Vaccination United Provinces of Agra and Oudh 1914-1922 - 1914-1922
Year: 1914
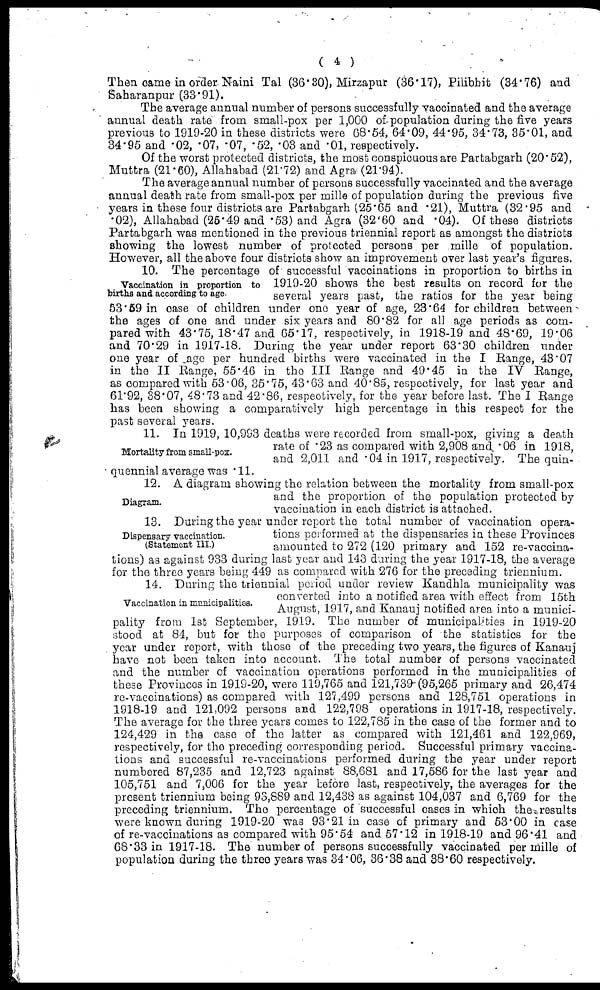
( 4 )
Then came in order Naini Tal (36.30), Mirzapur (36.17), Pilibhit (34.76) and
Saharanpur (33.91).
The average annual number of persons successfully vaccinated and the average
annual death rate from small-pox per 1,000 of population during the five years
previous to 1919-20 in these districts were 68.54, 64.09, 44.95, 34.73, 35.01, and
34.95 and .02, .07, .07, .52, .03 and .01, respectively.
Of the worst protected districts, the most conspicuous are Partabgarh (20.52),
Muttra (21.60), Allahabad (21.72) and Agra (21.94).
The average annual number of persons successfully vaccinated and the average
annual death rate from small-pox per mille of population during the previous five
years in these four districts are Partabgarh (25.65 and .21), Muttra (32.95 and
.02), Allahabad (26.49 and .53) and Agra (32.60 and .04). Of these districts
Partabgarh was mentioned in the previous triennial report as amongst the districts
showing the lowest number of protected persons per mille of population.
However, all the above four districts show an improvement over last year's figures.
Vaccination in proportion to
births and according to age.
10. The percentage of successful vaccinations in proportion to births in
1919-20 shows the best results on record for the
several years past, the ratios for the year being
53.59 in case of children under one year of age, 23.64 for children between
the ages of one and under six years and 80.82 for all age periods as com-
pared with 43.75, 18.47 and 65.17, respectively, in 1918-19 and 48.69, 19.06
and 70.29 in 1917-18. During the year under report 63.30 children under
one year of age per hundred births were vaccinated in the I Range, 43.07
in the II Range, 55.46 in the III Range and 49.45 in the IV Range,
as compared with 53.06, 35.75, 43.63 and 40.85, respectively, for last year and
61.92, 38.07, 48.73 and 42.86, respectively, for the year before last. The I Range
has been showing a comparatively high percentage in this respect for the
past several years.
Mortality from small-pox.
11. In 1919, 10,993 deaths were recorded from small-pox, giving a death
rate of .23 as compared with 2,908 and .06 in 1918,
and 2,011 and .04 in 1917, respectively. The quin-
quennial average was .11.
Diagram.
12. A diagram showing the relation between the mortality from small-pox
and the proportion of the population protected by
vaccination in each district is attached.
Dispensary vaccination.
(Statement III.)
13. During the year under report the total number of vaccination opera-
tions performed at the dispensaries in these Provinces
amounted to 272 (120 primary and 152 re-vaccina-
tions) as against 933 during last year and 143 during the year 1917-18, the average
for the three years being 449 as compared with 276 for the preceding triennium.
Vaccination in municipalities.
14. During the triennial period under review Kandhla municipality was
converted into a notified area with effect from 15th
August, 1917, and Kanauj notified area into a munici-
pality from 1st September, 1919. The number of municipalities in 1919-20
stood at 84, but for the purposes of comparison of the statistics for the
year under report, with those of the preceding two years, the figures of Kanauj
have not been taken into account. The total number of persons vaccinated
and the number of vaccination operations performed in the municipalities of
these Provinces in 1919-20, were 119,765 and 121,739 (95,265 primary and 26,474
re-vaccinations) as compared with 127,499 persons and 128,751 operations in
1918-19 and 121,092 persons and 122,798 operations in 1917-18, respectively.
The average for the three years comes to 122,785 in the case of the former and to
124,429 in the case of the latter as compared with 121,461 and 122,969,
respectively, for the preceding corresponding period. Successful primary vaccina-
tions and successful re-vaccinations performed during the year under report
numbered 87,235 and 12,723 against 88,681 and 17,586 for the last year and
105,751 and 7,006 for the year before last, respectively, the averages for the
present triennium being 93,889 and 12,438 as against 104,037 and 6,769 for the
preceding triennium. The percentage of successful cases in which the results
were known during 1919-20 was 93.21 in case of primary and 53.00 in case
of re-vaccinations as compared with 95.54 and 57.12 in 1918-19 and 96.41 and
68.33 in 1917-18. The number of persons successfully vaccinated per mille of
population during the three years was 34.06, 36.38 and 38.60 respectively.